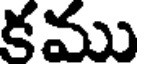
కము